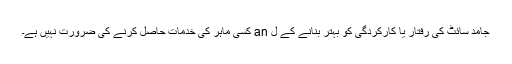
جامد سائٹ کی رفتار یا کارکردگی کو بہتر بنانے کے ل an کسی ماہر کی خدمات حاصل کرنے کی ضرورت نہیں ہے۔